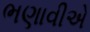
ભણાવીએ